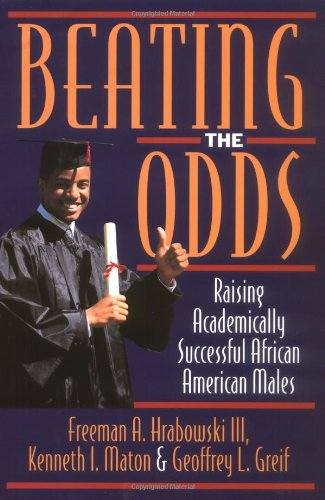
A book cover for Beating the Odds: Raising Academically Successful African American Males; Freeman A. Hrabowski; Gay & Lesbian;